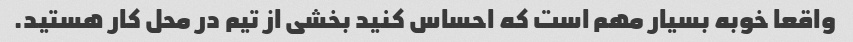
واقعا خوبه بسیار مهم است که احساس کنید بخشی از تیم در محل کار هستید.